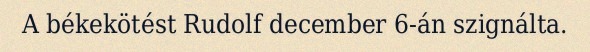
A békekötést Rudolf december 6-án szignálta.